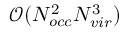
\mathcal { O } ( N _ { o c c } ^ { 2 } N _ { v i r } ^ { 3 } )